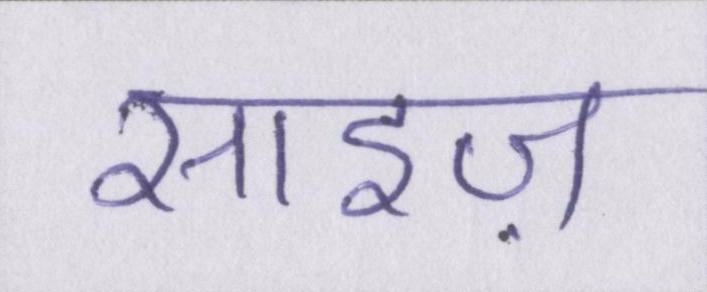
साइज़